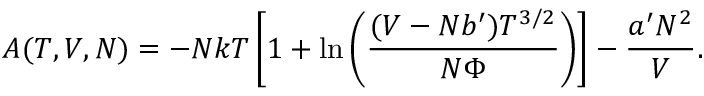
A ( T , V , N ) = - N k T \left[ 1 + \ln \left( { \frac { ( V - N b ^ { \prime } ) T ^ { 3 / 2 } } { N \Phi } } \right) \right] - { \frac { a ^ { \prime } N ^ { 2 } } { V } } .